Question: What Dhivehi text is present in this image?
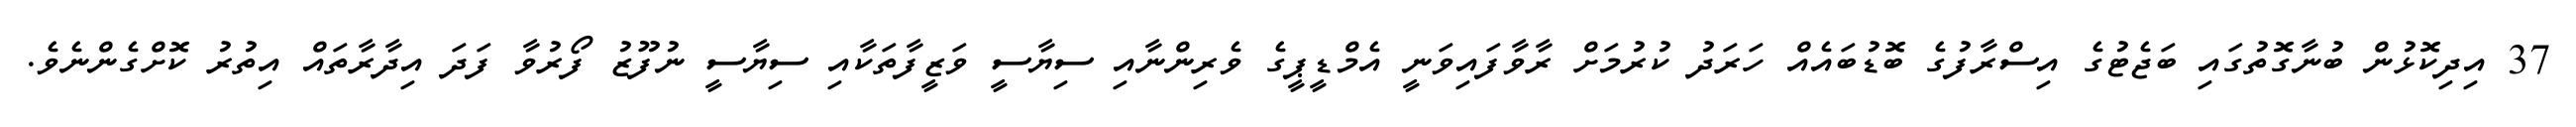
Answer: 37 އިދިކޮޅުން ބުނާގޮތުގައި ބަޖެޓުގެ އިސްރާފުގެ ބޮޑުބައެއް ހަރަދު ކުރުމަށް ރާވާފައިވަނީ އެމްޑީޕީގެ ވެރިންނާއި ސިޔާސީ ވަޒީފާތަކާއި ސިޔާސީ ނުފޫޒު ފޯރުވާ ފަދަ އިދާރާތައް އިތުރު ކޮށްގެންނެވެ.